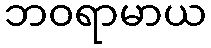
ဘဝရာမာယ